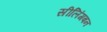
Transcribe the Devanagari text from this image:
सीलिंगबन